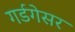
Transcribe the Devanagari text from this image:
गर्डगेसर